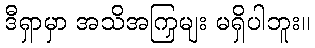
ဒီရှာမှာ အသိအကြှမျး မရှိပါဘူး။